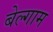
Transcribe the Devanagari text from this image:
बेल्गाम